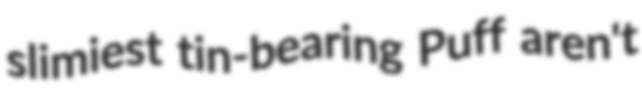
slimiest tin-bearing Puff aren't